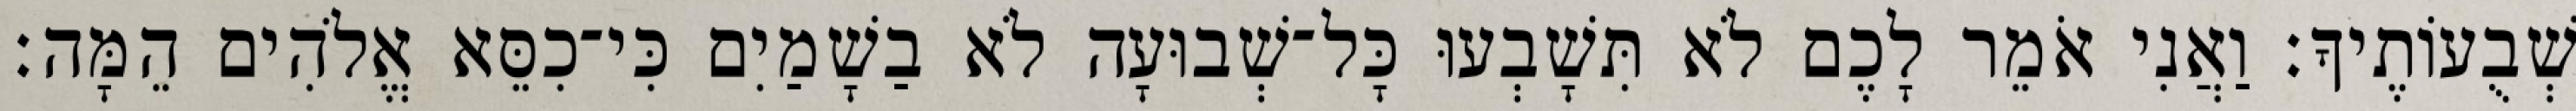
שְׁבֻעוֹתֶיךָ׃ וַאֲנִי אֹמֵר לָכֶם לֹא תִּשָׁבְעוּ כָּל־שְׁבוּעָה לֹא בַשָׁמַיִם כִּי־כִסֵּא אֱלֹהִים הֵמָּה׃